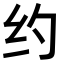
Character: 约